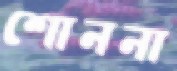
শোননা